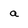
Character: a